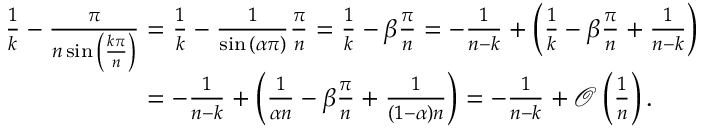
\begin{array} { r l } & { \frac { 1 } { k } - \frac { \pi } { n \sin { \left( \frac { k \pi } { n } \right) } } = \frac { 1 } { k } - \frac { 1 } { \sin { \left( \alpha \pi \right) } } \frac { \pi } { n } = \frac { 1 } { k } - \beta \frac { \pi } { n } = - \frac { 1 } { n - k } + \left( \frac { 1 } { k } - \beta \frac { \pi } { n } + \frac { 1 } { n - k } \right) } \\ & { \phantom { \frac { 1 } { k } - \frac { \pi } { n \sin { \left( \frac { k \pi } { n } \right) } } } = - \frac { 1 } { n - k } + \left( \frac { 1 } { \alpha n } - \beta \frac { \pi } { n } + \frac { 1 } { ( 1 - \alpha ) n } \right) = - \frac { 1 } { n - k } + \mathcal { O } \left( \frac { 1 } { n } \right) . } \end{array}